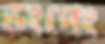
ডংপেং